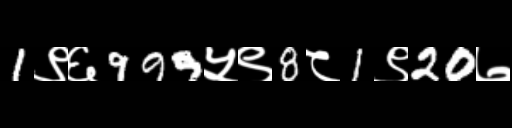
Text: 1९६999५९8८1९20७